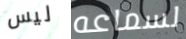
ليس لسماعه